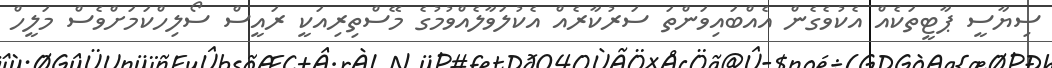
ސިޔާސީ ޕާޓީތަކެއް އެކުވެގެން އެއްބައިވަންތަ ސަރުކާރެއް އެކުލަވާލެއްވުމުގެ މޭސްތިރިއަކީ ރައީސް ސޯލިހްކަމަށްވެސް މަލީހް